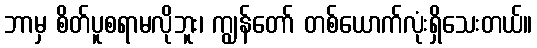
ဘာမှ စိတ်ပူစရာမလိုဘူး၊ ကျွန်တော် တစ်ယောက်လုံးရှိသေးတယ်။